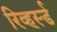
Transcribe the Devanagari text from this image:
रिव्हर्स्ड